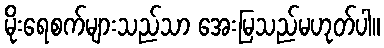
မိုးရေစက်များသည်သာ အေးမြသည်မဟုတ်ပါ။